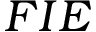
F I E